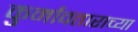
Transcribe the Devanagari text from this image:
कुर्मावताराच्या